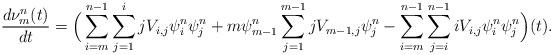
LaTeX: \begin{align*}\frac{d\nu^{n}_m(t)}{dt}=\Big(\sum_{i=m}^{n-1}\sum_{j=1}^{i}jV_{i,j}\psi^{n}_i \psi^{n}_j + m\psi^{n}_{m-1}\sum_{j=1}^{m-1}jV_{m-1,j}\psi^{n}_j - \sum_{i=m}^{n-1}\sum_{j=i}^{n-1}iV_{i,j}\psi^{n}_i\psi^{n}_j\Big)(t).\end{align*}